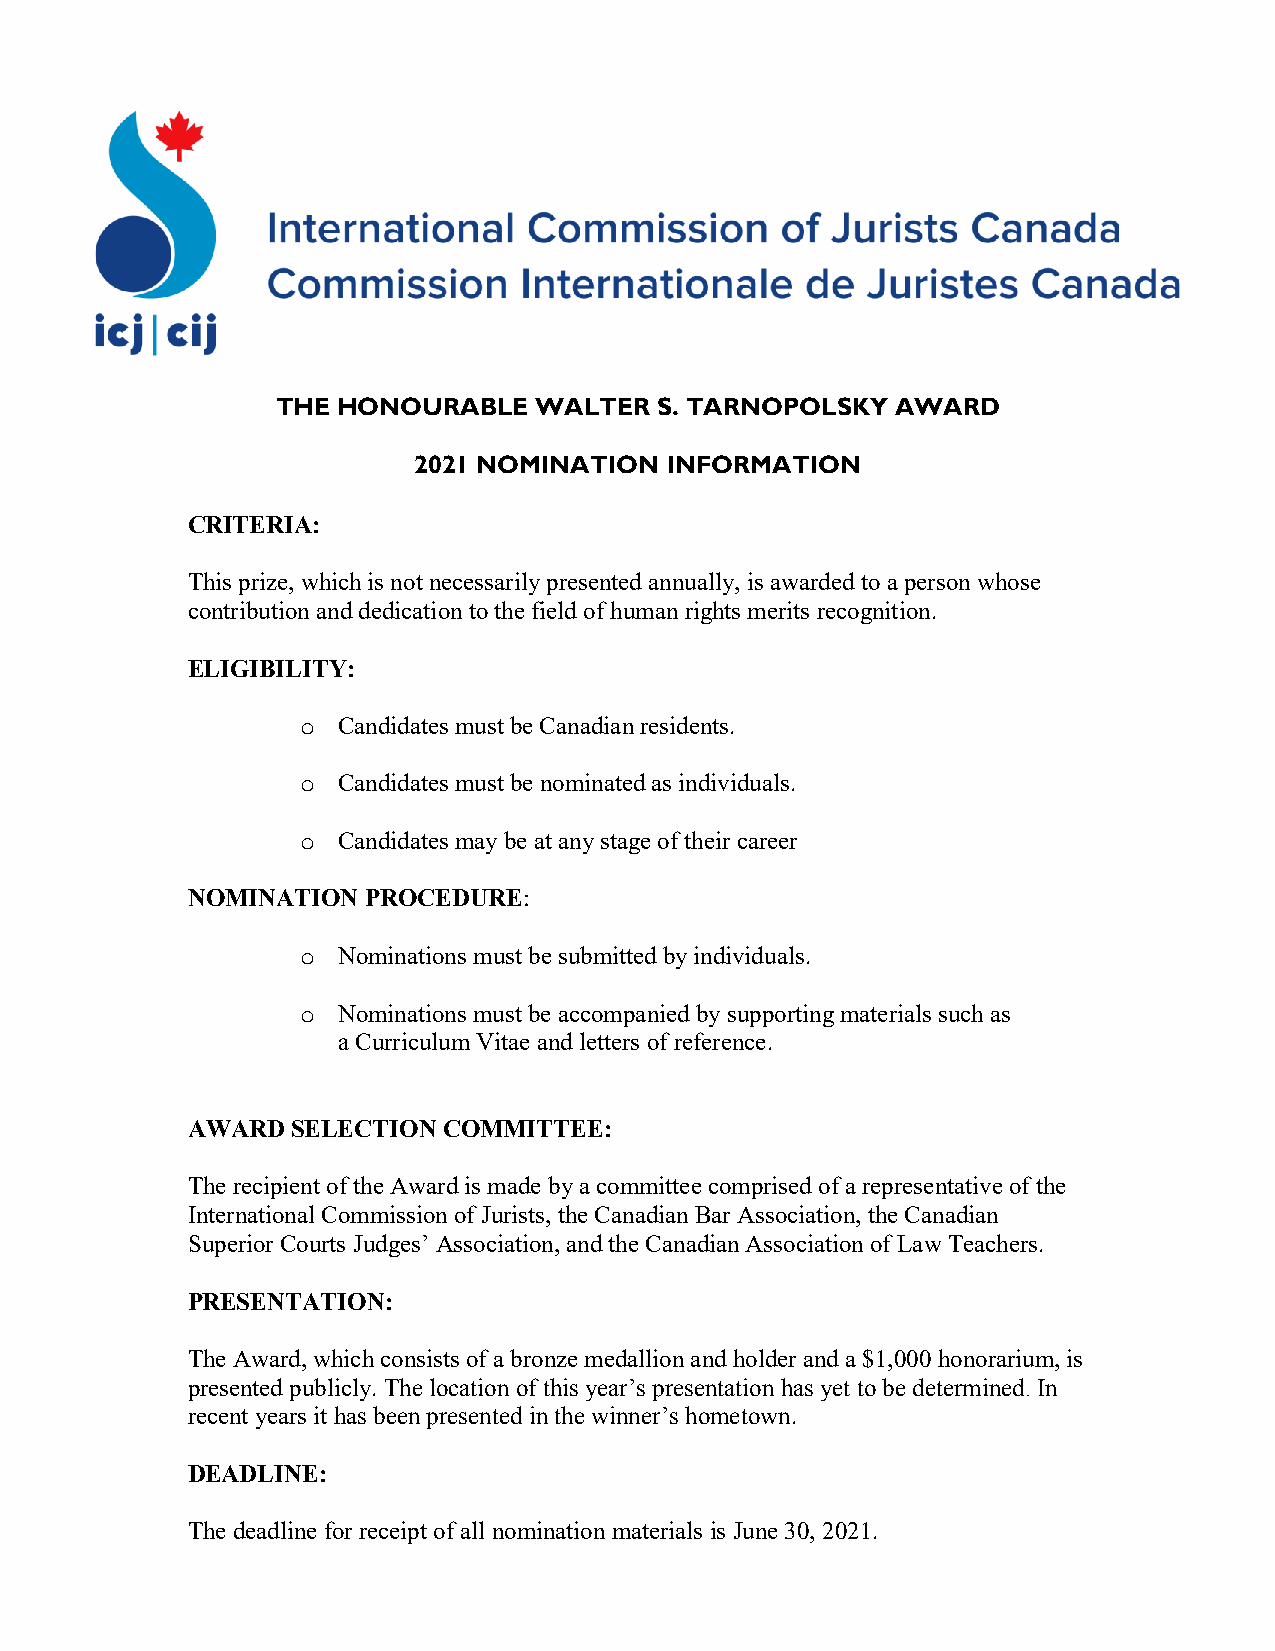
THE HONOURABLE   WALTER  S. TARNOPOLSKY  AWARD
 2021 NOMINATION  INFORMATION
 CRITERIA:
 This prize, which is not necessarily presented annually, is awarded to a person whose
 contribution and dedication to the field of human rights merits recognition.
 ELIGIBILITY:
 Candidates must be Canadian residents.
 o
 Candidates must be nominated as individuals.
 o
 Candidates may be at any stage of their career
 o
 NOMINATION  PROCEDURE:
 Nominations must be submitted by individuals.
 o
 Nominations must be accompanied by supporting materials such as
 o
 a Curriculum Vitae and letters of reference.
 AWARD  SELECTION COMMITTEE:
 The recipient of the Award is made by a committee comprised of a representative of the
 International Commission of Jurists, the Canadian Bar Association, the Canadian
 Superior Courts Judges’ Association, and the Canadian Association of Law Teachers.
 PRESENTATION:
 The Award, which consists of a bronze medallion and holder and a $1,000 honorarium, is
 presented publicly. The location of this year’s presentation has yet to be determined. In
 recent years it has been presented in the winner’s hometown.
 DEADLINE:
 The deadline for receipt of all nomination materials is June 30, 2021.